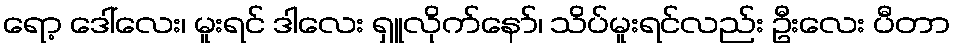
ရော့ ဒေါ်လေး၊ မူးရင် ဒါလေး ရှူလိုက်နော်၊ သိပ်မူးရင်လည်း ဦးလေး ပီတာ